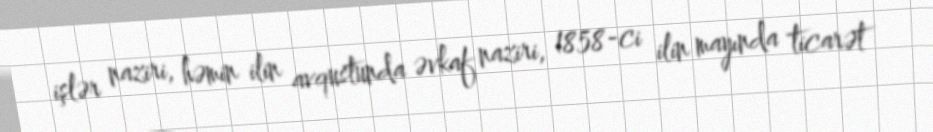
işlər naziri, həmin ilin avqustunda əvkaf naziri, 1858-ci ilin mayında ticarət